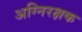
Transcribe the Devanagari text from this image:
अग्निरक्षक